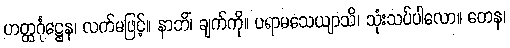
ဟတ္ထင်္ဂုဋ္ဌေန၊ လက်မဖြင့်။ နာဘိံ၊ ချက်ကို။ ပရာမသေယျာသိ၊ သုံးသပ်ပါလော။ တေန၊